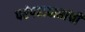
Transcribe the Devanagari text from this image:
परंपरावाद्यांची